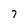
Character: 7